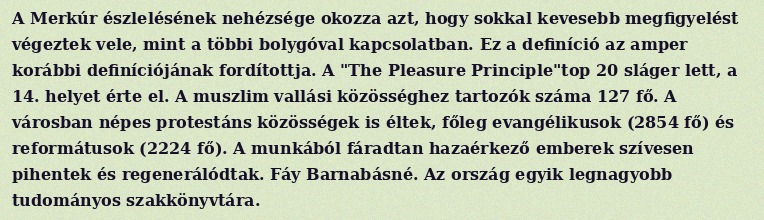
A Merkúr észlelésének nehézsége okozza azt, hogy sokkal kevesebb megfigyelést végeztek vele, mint a többi bolygóval kapcsolatban. Ez a definíció az amper korábbi definíciójának fordítottja. A "The Pleasure Principle"top 20 sláger lett, a 14. helyet érte el. A muszlim vallási közösséghez tartozók száma 127 fő. A városban népes protestáns közösségek is éltek, főleg evangélikusok (2854 fő) és reformátusok (2224 fő). A munkából fáradtan hazaérkező emberek szívesen pihentek és regenerálódtak. Fáy Barnabásné. Az ország egyik legnagyobb tudományos szakkönyvtára.